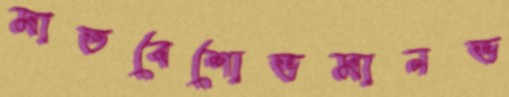
মাতবেশোভমানভ